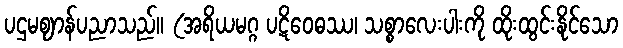
ပဌမဈာန်ပညာသည်။ (အရိယမဂ္ဂ ပဋိဝေဓဿ၊ သစ္စာလေးပါးကို ထိုးထွင်းနိုင်သော